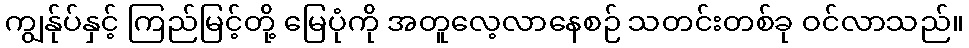
ကျွန်ုပ်နှင့် ကြည်မြင့်တို့ မြေပုံကို အတူလေ့လာနေစဉ် သတင်းတစ်ခု ဝင်လာသည်။